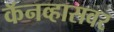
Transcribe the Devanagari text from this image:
कॅनव्हासवर